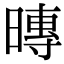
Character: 暷